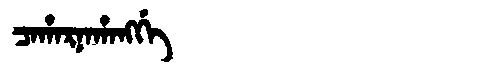
Manchu: ᠴᠠᡥᠠᡵᠨᠠᡥᠠᠩᡤᡝ
Romanization: CAHARNAHANGGE